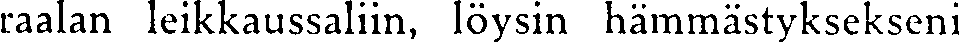
raalan leikkaussaliin, löysin hämmästyksekseni